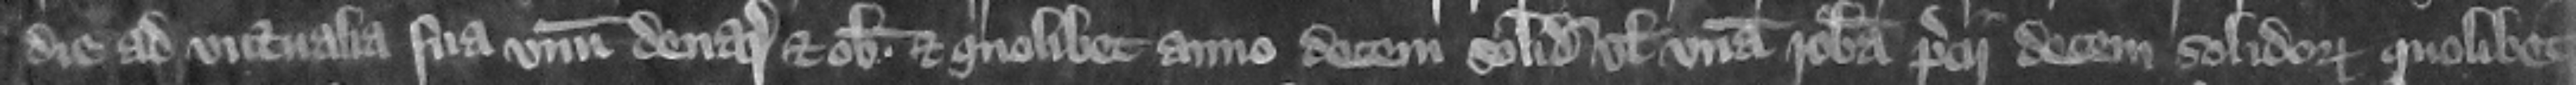
die ad victualia sua num denarium et obolum et quolibet anno decem solidos vel vnam robam precii decem solidorum quolibet